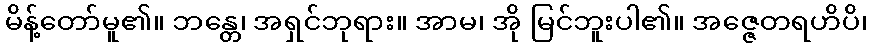
မိန့်တော်မူ၏။ ဘန္တေ၊ အရှင်ဘုရား။ အာမ၊ အို မြင်ဘူးပါ၏။ အဇ္ဇေတရဟိပိ၊